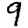
Digit: 9